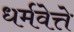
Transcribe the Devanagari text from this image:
धर्मवेत्ते